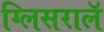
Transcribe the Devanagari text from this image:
ग्लिसरालॅ